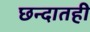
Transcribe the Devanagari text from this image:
छन्दातही